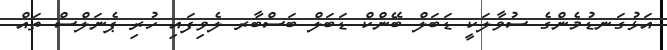
އަޅުގަނޑުމެންގެ ސުވާލަކީ ޑަބަލް ބޭންކް ޑަބަލް ބަސްބާރ ލެވިފައި ހުރި ޕެނަލްސް ތައް